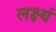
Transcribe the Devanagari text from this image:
लक्ष्यं